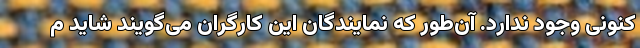
کنونی وجود ندارد. آن‌طور که نمایندگان این کارگران می‌گویند شاید م